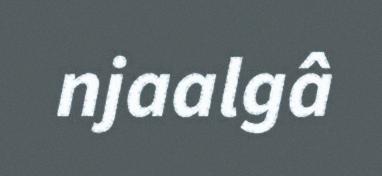
njaalgâ